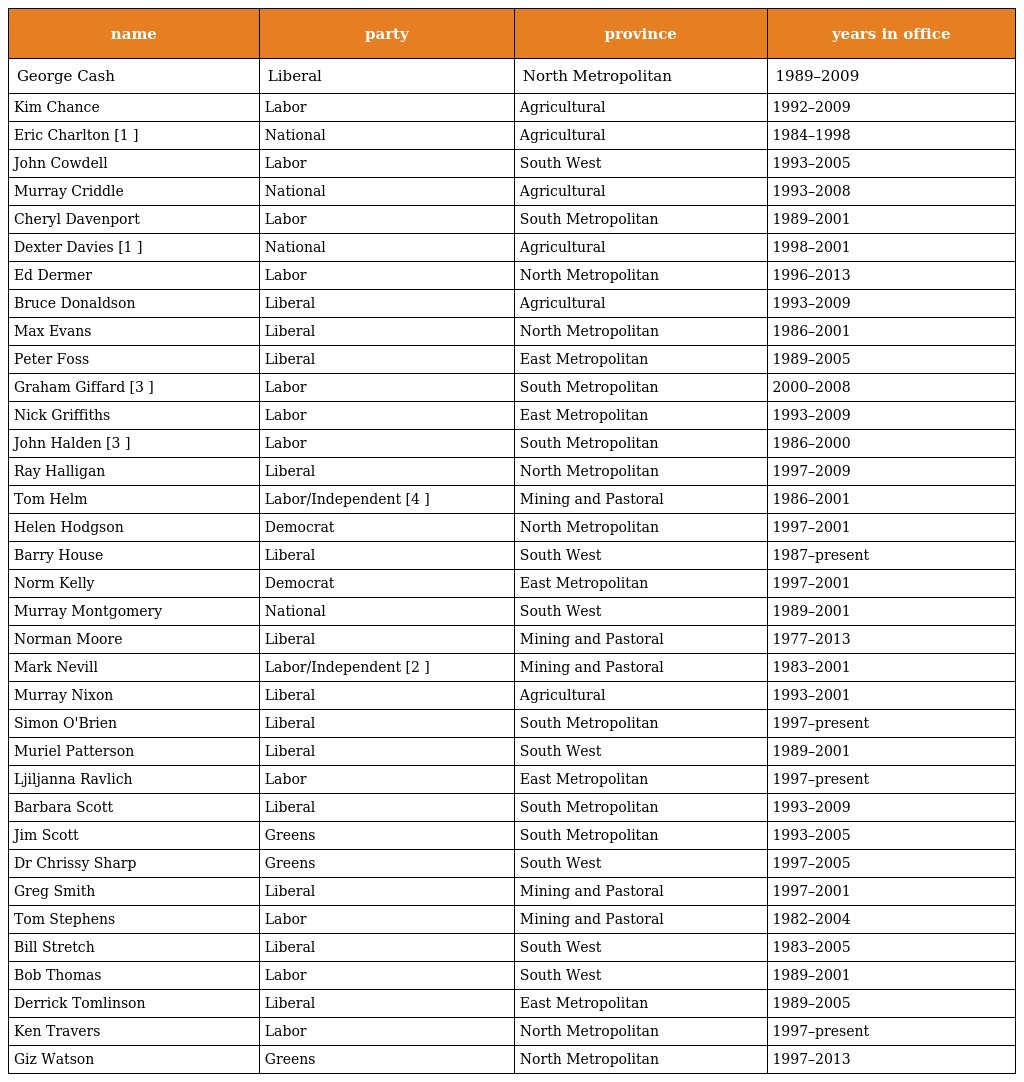
| name | party | province | years in office |
 | --- | --- | --- | --- |
 | George Cash | Liberal | North Metropolitan | 1989–2009 |
 | Kim Chance | Labor | Agricultural | 1992–2009 |
 | Eric Charlton [1 ] | National | Agricultural | 1984–1998 |
 | John Cowdell | Labor | South West | 1993–2005 |
 | Murray Criddle | National | Agricultural | 1993–2008 |
 | Cheryl Davenport | Labor | South Metropolitan | 1989–2001 |
 | Dexter Davies [1 ] | National | Agricultural | 1998–2001 |
 | Ed Dermer | Labor | North Metropolitan | 1996–2013 |
 | Bruce Donaldson | Liberal | Agricultural | 1993–2009 |
 | Max Evans | Liberal | North Metropolitan | 1986–2001 |
 | Peter Foss | Liberal | East Metropolitan | 1989–2005 |
 | Graham Giffard [3 ] | Labor | South Metropolitan | 2000–2008 |
 | Nick Griffiths | Labor | East Metropolitan | 1993–2009 |
 | John Halden [3 ] | Labor | South Metropolitan | 1986–2000 |
 | Ray Halligan | Liberal | North Metropolitan | 1997–2009 |
 | Tom Helm | Labor/Independent [4 ] | Mining and Pastoral | 1986–2001 |
 | Helen Hodgson | Democrat | North Metropolitan | 1997–2001 |
 | Barry House | Liberal | South West | 1987–present |
 | Norm Kelly | Democrat | East Metropolitan | 1997–2001 |
 | Murray Montgomery | National | South West | 1989–2001 |
 | Norman Moore | Liberal | Mining and Pastoral | 1977–2013 |
 | Mark Nevill | Labor/Independent [2 ] | Mining and Pastoral | 1983–2001 |
 | Murray Nixon | Liberal | Agricultural | 1993–2001 |
 | Simon O'Brien | Liberal | South Metropolitan | 1997–present |
 | Muriel Patterson | Liberal | South West | 1989–2001 |
 | Ljiljanna Ravlich | Labor | East Metropolitan | 1997–present |
 | Barbara Scott | Liberal | South Metropolitan | 1993–2009 |
 | Jim Scott | Greens | South Metropolitan | 1993–2005 |
 | Dr Chrissy Sharp | Greens | South West | 1997–2005 |
 | Greg Smith | Liberal | Mining and Pastoral | 1997–2001 |
 | Tom Stephens | Labor | Mining and Pastoral | 1982–2004 |
 | Bill Stretch | Liberal | South West | 1983–2005 |
 | Bob Thomas | Labor | South West | 1989–2001 |
 | Derrick Tomlinson | Liberal | East Metropolitan | 1989–2005 |
 | Ken Travers | Labor | North Metropolitan | 1997–present |
 | Giz Watson | Greens | North Metropolitan | 1997–2013 |